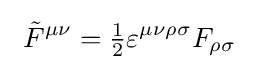
\ {\tilde {F}}^{\mu \nu }={\tfrac {1}{2}}\varepsilon ^{\mu \nu \rho \sigma }F_{\rho \sigma }\